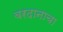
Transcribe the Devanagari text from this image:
वरदानाचा